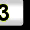
Digit: 3